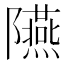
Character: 𨽞